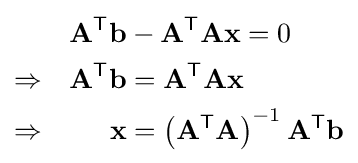
{\begin{aligned}&&\mathbf {A} ^{\textsf {T}}\mathbf {b} &-\mathbf {A} ^{\textsf {T}}\mathbf {Ax} =0\\\Rightarrow &&\mathbf {A} ^{\textsf {T}}\mathbf {b} &=\mathbf {A} ^{\textsf {T}}\mathbf {Ax} \\\Rightarrow &&\mathbf {x} &=\left(\mathbf {A} ^{\textsf {T}}\mathbf {A} \right)^{-1}\mathbf {A} ^{\textsf {T}}\mathbf {b} \end{aligned}}